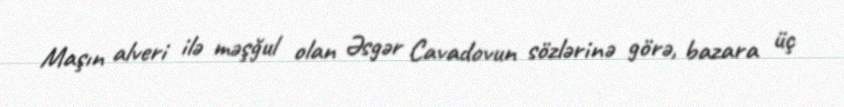
Maşın alveri ilə məşğul olan Əsgər Cavadovun sözlərinə görə, bazara üç